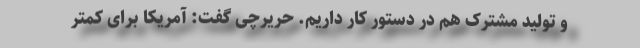
و تولید مشترک هم در دستور کار داریم. حریرچی گفت: آمریکا برای کمتر